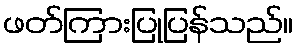
ဖတ်ကြားပြုပြန်သည်။